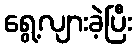
ရွေ့လျားခဲ့ပြီး